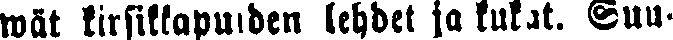
wät kirsikkapuiden lehdet ja kukat. Suu-